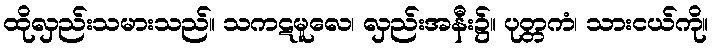
ထိုလှည်းသမားသည်။ သကဋမူလေ၊ လှည်းအနီး၌။ ပုတ္တကံ၊ သားငယ်ကို။